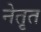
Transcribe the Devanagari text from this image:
नेतृत